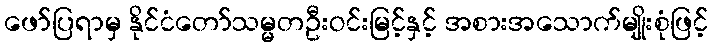
ဖော်ပြရာမှ နိုင်ငံတော်သမ္မတဦးဝင်းမြင့်နှင့် အစားအသောက်မျိုးစုံဖြင့်